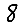
Digit: 8